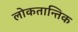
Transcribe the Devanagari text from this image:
लोकतान्तिक